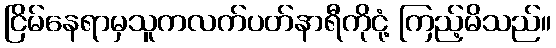
ငြိမ်နေရာမှသူကလက်ပတ်နာရီကိုငုံ့ ကြည့်မိသည်။